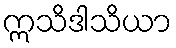
ဣသိဒါသိယာ